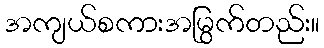
အကျယ်စကားအမြွက်တည်း။